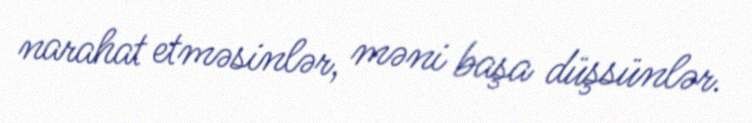
narahat etməsinlər, məni başa düşsünlər.